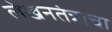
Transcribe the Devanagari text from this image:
लेखनतंत्राचा